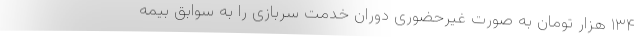
۱۳۴ هزار تومان به صورت غیرحضوری دوران خدمت سربازی را به سوابق بیمه